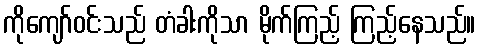
ကိုကျော်ဝင်းသည် တံခါးကိုသာ မိုက်ကြည့် ကြည့်နေသည်။